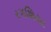
રગશિયા